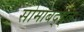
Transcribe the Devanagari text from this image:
सोमाबद्द्ल